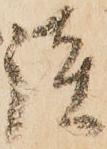
談